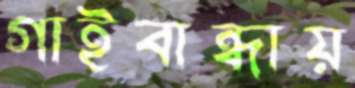
গাইবান্ধায়